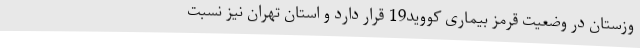
وزستان در وضعیت قرمز بیماری کووید19 قرار دارد و استان تهران نیز نسبت